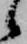
候